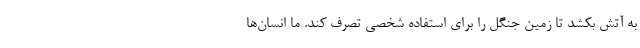
به آتش بکشد تا زمین جنگل را برای استفاده شخصی تصرف کند. ما انسان‌ها